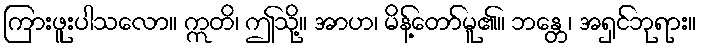
ကြားဖူးပါသလော။ ဣတိ၊ ဤသို့။ အာဟ၊ မိန့်တော်မူ၏။ ဘန္တေ၊ အရှင်ဘုရား။